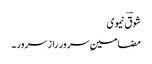
شوقؔ نیموی
مضامینِ سرور راز سرور ۔